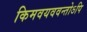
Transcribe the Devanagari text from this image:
किमवयववन्तोऽपि